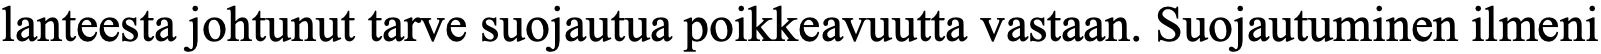
lanteesta johtunut tarve suojautua poikkeavuutta vastaan. Suojautuminen ilmeni